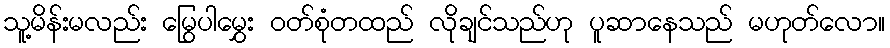
သူ့မိန်းမလည်း မြွေပါမွှေး ဝတ်စုံတထည် လိုချင်သည်ဟု ပူဆာနေသည် မဟုတ်လော။